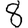
Digit: 8